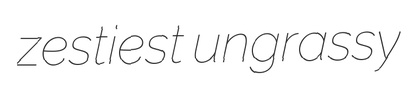
zestiest ungrassy